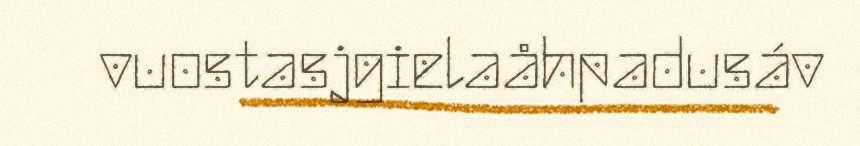
vuostasjgielaåhpadusáv